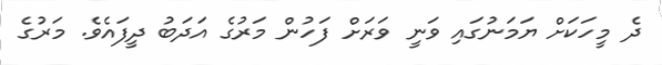
ދެ މީހަކަށް ޔަމަނުގައި ވަނީ ވަރަށް ފަހުން މަރުގެ އަދަބު ދީފައެވެ. މަރުގެ